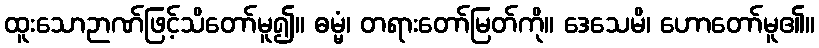
ထူးသောဉာဏ်ဖြင့်သိတော်မူ၍။ ဓမ္မံ၊ တရားတော်မြတ်ကို။ ဒေသေမိ၊ ဟောတော်မူ၏။